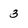
Character: 3